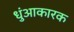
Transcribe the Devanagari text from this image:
धुंआकारक